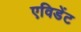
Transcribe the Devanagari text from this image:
एविडेंट